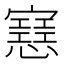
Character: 𢤑